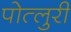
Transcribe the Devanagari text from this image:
पोत्लुरी